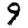
Digit: 9